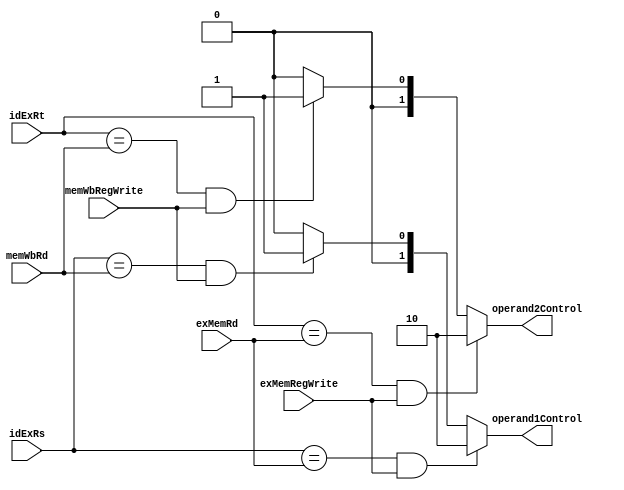
`timescale 1ns / 1ps
//////////////////////////////////////////////////////////////////////////////////
// Company: 
// Engineer: 
// 
// Design Name: 
// Module Name:    	ForwardingUnit 
// Project Name: 		microprocessor
//
// Dependencies: 		None
//
//////////////////////////////////////////////////////////////////////////////////
module ForwardingUnit(
    input [4:0] idExRs,
    input [4:0] idExRt,
    input [4:0] exMemRd,
	 input exMemRegWrite,
    input [4:0] memWbRd,
    input memWbRegWrite,
	 output reg [1:0] operand1Control,
	 output reg [1:0] operand2Control
    );
	
	parameter exMemForwardData = 2'b10, memWbForwardData = 2'b01, nominalOperand = 2'b00;
	
	always @(*) begin
		if(idExRs == exMemRd & exMemRegWrite == 1)
			operand1Control = exMemForwardData;
		else if(idExRs == memWbRd & memWbRegWrite == 1)
			operand1Control = memWbForwardData;
		else
			operand1Control = nominalOperand;
		
		if(idExRt == exMemRd & exMemRegWrite == 1)
			operand2Control = exMemForwardData;
		else if(idExRt == memWbRd & memWbRegWrite == 1)
			operand2Control = memWbForwardData;
		else
			operand2Control = nominalOperand;
	end
endmodule